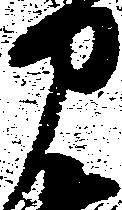
部